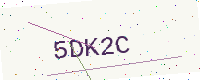
Text: 5DK2C